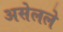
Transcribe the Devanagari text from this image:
असेलले